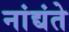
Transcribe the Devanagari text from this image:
नांद्यंते